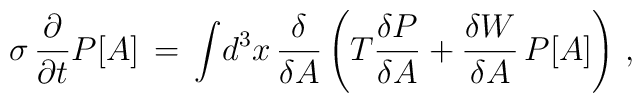
\sigma\,\frac{\partial}{\partial t} P[A] \, = \,\int \! d^3x \, \frac{\delta}{\delta A} \left( T \frac{\delta P}{\delta A} + \frac{\delta W}{\delta A}\, P[A] \right) \, ,